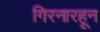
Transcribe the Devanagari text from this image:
गिरनारहून